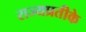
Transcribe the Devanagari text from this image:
राज्यप्रतीके